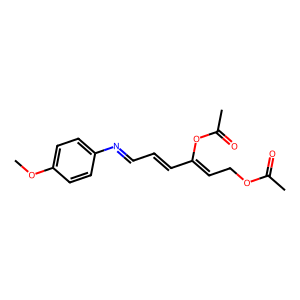
SMILES: COc1ccc(N=CC=CC(=CCOC(C)=O)OC(C)=O)cc1
Inhibits HIV replication: No